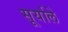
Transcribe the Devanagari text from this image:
सूर्याले